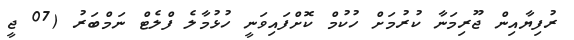
ރުފިޔާއިން ޖޫރިމަނާ ކުރުމަށް ހުކުމް ކޮށްފައިވަނީ ހުޅުމާލެ ފްލެޓް ނަމްބަރު (07 ޖީ